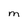
Character: M